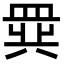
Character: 𬐧